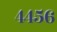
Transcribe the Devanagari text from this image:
४४५६